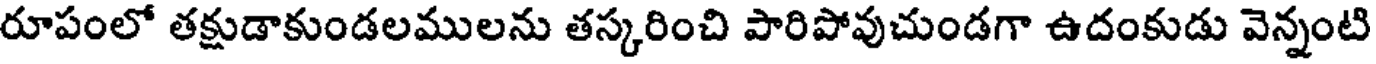
రూపంలో తక్షుడాకుండలములను తస్కరించి పారిపోవుచుండగా ఉదంకుడు వెన్నంటి